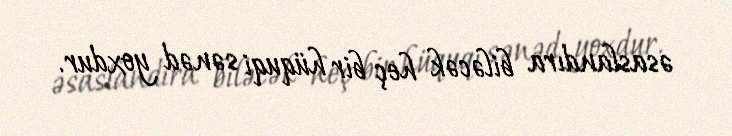
əsaslandıra biləcək heç bir hüquqi sənəd yoxdur.